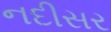
નદીસર